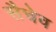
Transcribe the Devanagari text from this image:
सैचेव